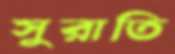
সুরাতি